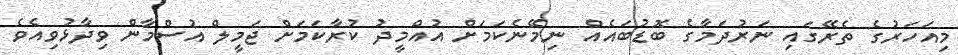
މިއަހަރުގެ ތެރޭގައި ނަރުދަމާގެ ބޮޑުބައެއް ނިމޭނެކަމަށް އުއްމީދު ކުރާކަމަށް ޖަމީލް އުސްމާން ވިދާޅުވިއެވެ